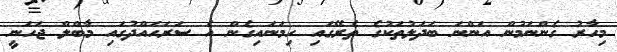
މިހާރު ގެންނަމުން އަންނަ ބަދަލުތަކުގެ ތެރޭގައި ހިމަނައިގެން އެ ސަރަހައްދުގައި މާބްލް ޖަހަނީ